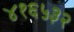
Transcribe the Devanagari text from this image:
४१६५३२